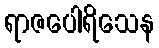
ရာဇပေါရိသေန